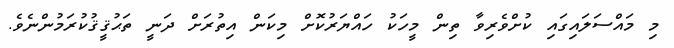
މި މައްސަލައިގައި ކުށްވެރިވާ ތިން މީހަކު ހައްޔަރުކޮށް މިކަން އިތުރަށް ދަނީ ތަޙުޤީޤުކުރަމުންނެވެ.